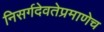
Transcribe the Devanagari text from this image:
निसर्गदेवतेप्रमाणेच